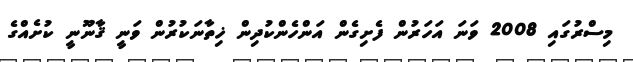
މިސްރުގައި 2008 ވަނަ އަހަރުން ފެށިގެން އަންހެންކުދިން ޚިތާނަކުރުން ވަނީ ޤާނޫނީ ކުށެއްގެ